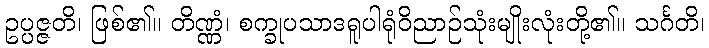
ဥပ္ပဇ္ဇတိ၊ ဖြစ်၏။ တိဏ္ဏံ၊ စက္ခုပသာဒရူပါရုံဝိညာဉ်သုံးမျိုးလုံးတို့၏။ သင်္ဂတိ၊